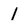
Character: l